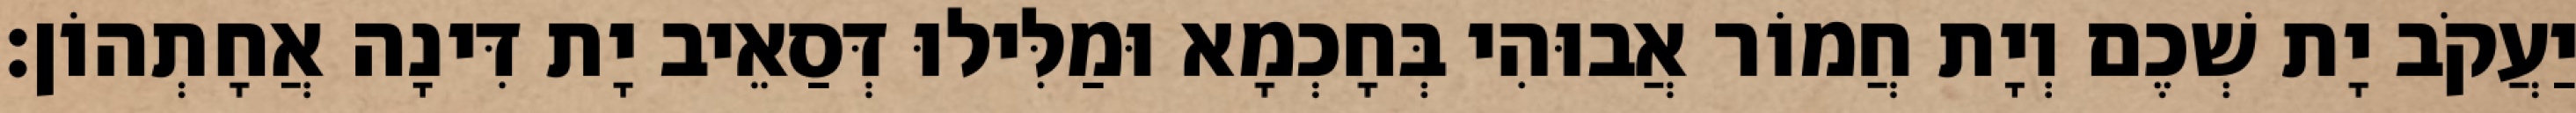
יַעֲקֹב יָת שְׁכֶם וְיָת חֲמוֹר אֲבוּהִי בְּחָכְמָא וּמַלִּילוּ דְּסַאֵיב יָת דִּינָה אֲחָתְהוֹן׃